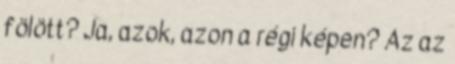
fölött? Ja, azok, azon a régi képen? Az az